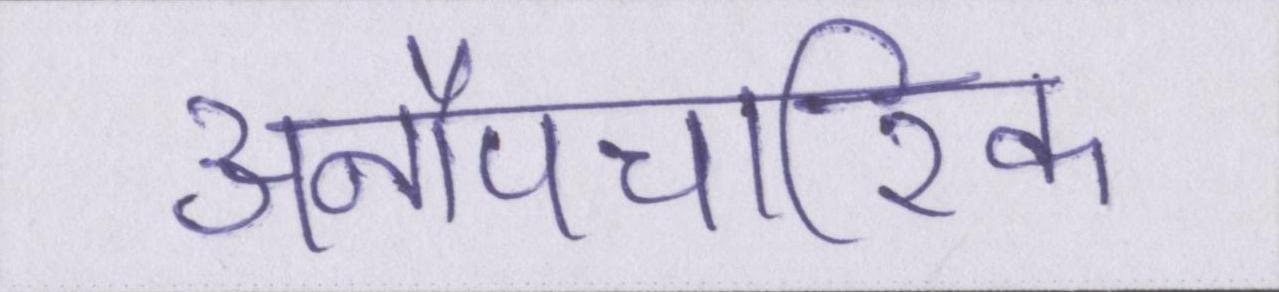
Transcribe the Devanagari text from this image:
अनौपचारिक